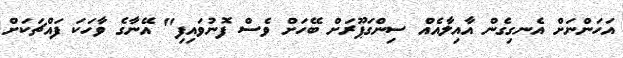
އަހަންނަށް އެނގިގެން އާއިލާއެއް ސިންގަޕޫރަށް ބޭހަށް ވެސް ފޮނުވައިފި" އޭނާގެ ވާހަކަ ފައްޗަކަށް